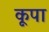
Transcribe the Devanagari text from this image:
कूपा